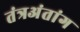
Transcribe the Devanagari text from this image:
तंत्रअंतांग